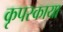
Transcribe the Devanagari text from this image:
कृपस्काया